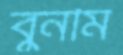
বুনমি